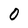
Character: 0